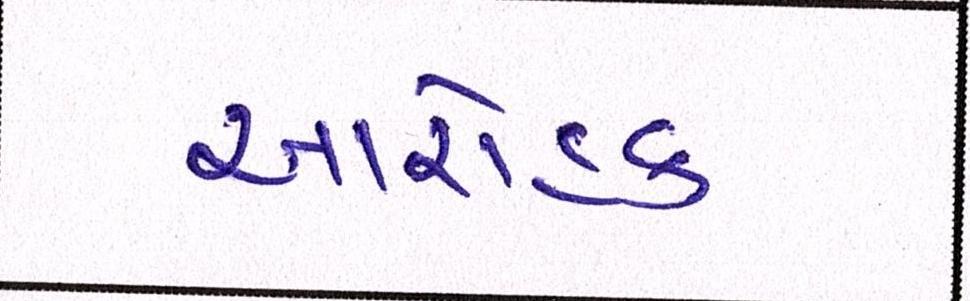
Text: આરોહક